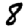
Digit: 8